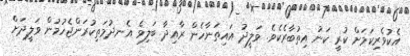
އެކުވެރިކަމަށް ކުރީ ކަނު އިތުބާރެކެވެ. ވަލީދު އައިތަނާހެން ރާއިދާ ބަލިވެ އެނދުމަތިކުރަންޖެހުމުން ވަލީދަށް